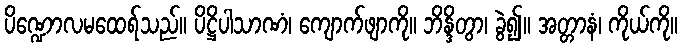
ပိဏ္ဍောလမထေရ်သည်။ ပိဋ္ဌိပါသာဏံ၊ ကျောက်ဖျာကို။ ဘိန္ဒိတွာ၊ ခွဲ၍။ အတ္တာနံ၊ ကိုယ်ကို။